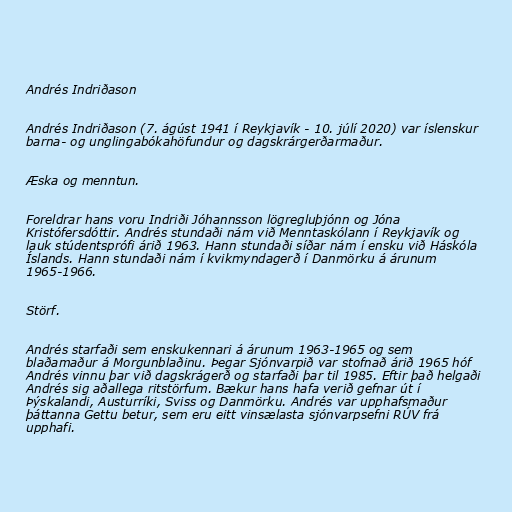
Andrés Indriðason

Andrés Indriðason (7. ágúst 1941 í Reykjavík - 10. júlí 2020) var íslenskur
barna- og unglingabókahöfundur og dagskrárgerðarmaður.

Æska og menntun.

Foreldrar hans voru Indriði Jóhannsson lögregluþjónn og Jóna
Kristófersdóttir. Andrés stundaði nám við Menntaskólann í Reykjavík og
lauk stúdentsprófi árið 1963. Hann stundaði síðar nám í ensku við Háskóla
Íslands. Hann stundaði nám í kvikmyndagerð í Danmörku á árunum
1965-1966.

Störf.

Andrés starfaði sem enskukennari á árunum 1963-1965 og sem
blaðamaður á Morgunblaðinu. Þegar Sjónvarpið var stofnað árið 1965 hóf
Andrés vinnu þar við dagskrágerð og starfaði þar til 1985. Eftir það helgaði
Andrés sig aðallega ritstörfum. Bækur hans hafa verið gefnar út í
Þýskalandi, Austurríki, Sviss og Danmörku. Andrés var upphafsmaður
þáttanna Gettu betur, sem eru eitt vinsælasta sjónvarpsefni RÚV frá
upphafi.